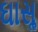
ઘાસૢ